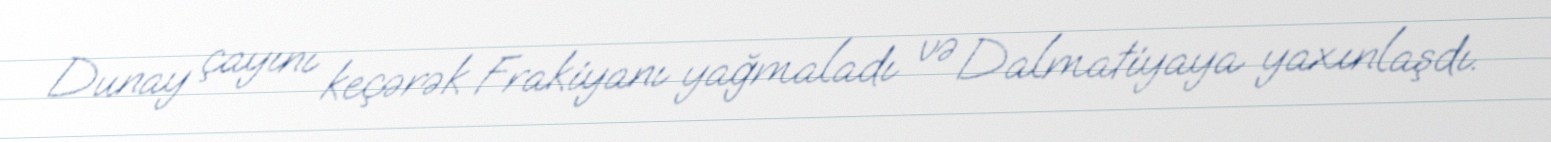
Dunay çayını keçərək Frakiyanı yağmaladı və Dalmatiyaya yaxınlaşdı.